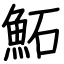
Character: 鮖